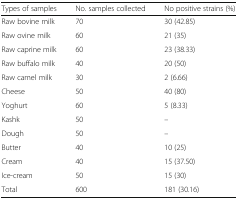
<table><thead><tr><td><b>Types of samples</b></td><td><b>No. samples collected</b></td><td><b>No positive strains (%)</b></td></tr></thead><tbody><tr><td>Raw bovine milk</td><td>70</td><td>30 (42.85)</td></tr><tr><td>Raw ovine milk</td><td>60</td><td>21 (35)</td></tr><tr><td>Raw caprine milk</td><td>60</td><td>23 (38.33)</td></tr><tr><td>Raw buffalo milk</td><td>40</td><td>20 (50)</td></tr><tr><td>Raw camel milk</td><td>30</td><td>2 (6.66)</td></tr><tr><td>Cheese</td><td>50</td><td>40 (80)</td></tr><tr><td>Yoghurt</td><td>60</td><td>5 (8.33)</td></tr><tr><td>Kashk</td><td>50</td><td>–</td></tr><tr><td>Dough</td><td>50</td><td>–</td></tr><tr><td>Butter</td><td>40</td><td>10 (25)</td></tr><tr><td>Cream</td><td>40</td><td>15 (37.50)</td></tr><tr><td>Ice-cream</td><td>50</td><td>15 (30)</td></tr><tr><td>Total</td><td>600</td><td>181 (30.16)</td></tr></tbody></table>